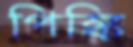
পিঙ্কি